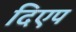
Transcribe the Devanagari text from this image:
दिएप